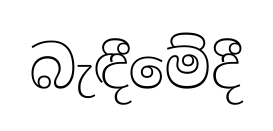
බැඳීමේදී